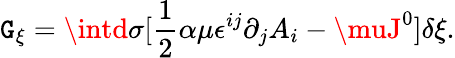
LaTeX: \mathtt{G}_{\xi}=\intd\sigma[\frac{{1}}{{2}}\alpha\mu\epsilon^{ij}\partial_{j}A_{i}-\muJ^{0}]\delta\xi.